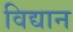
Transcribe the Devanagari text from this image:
विद्यान